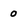
Character: 0